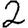
Digit: 2